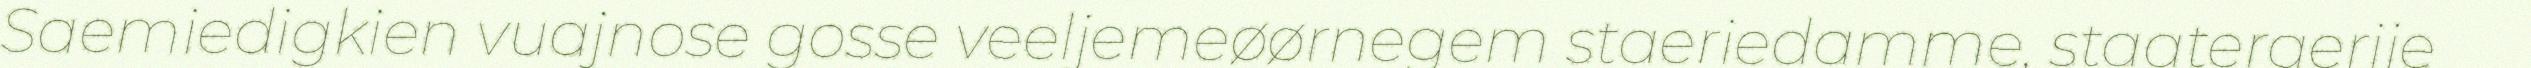
Saemiedigkien vuajnose gosse veeljemeøørnegem staeriedamme, staateraerije